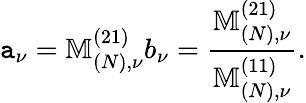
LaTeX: \mathtt{a}_{\nu}=\mathbb{{M}}_{(N),\nu}^{(21)}b_{\nu}=\frac{{\mathbb{{M}}_{(N),\nu}^{(21)}}}{{\mathbb{{M}}_{(N),\nu}^{(11)}}}.